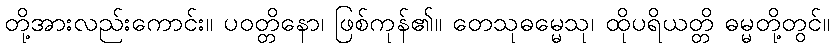
တို့အားလည်းကောင်း။ ပဝတ္တိနော၊ ဖြစ်ကုန်၏။ တေသုဓမ္မေသု၊ ထိုပရိယတ္တိ ဓမ္မတို့တွင်။